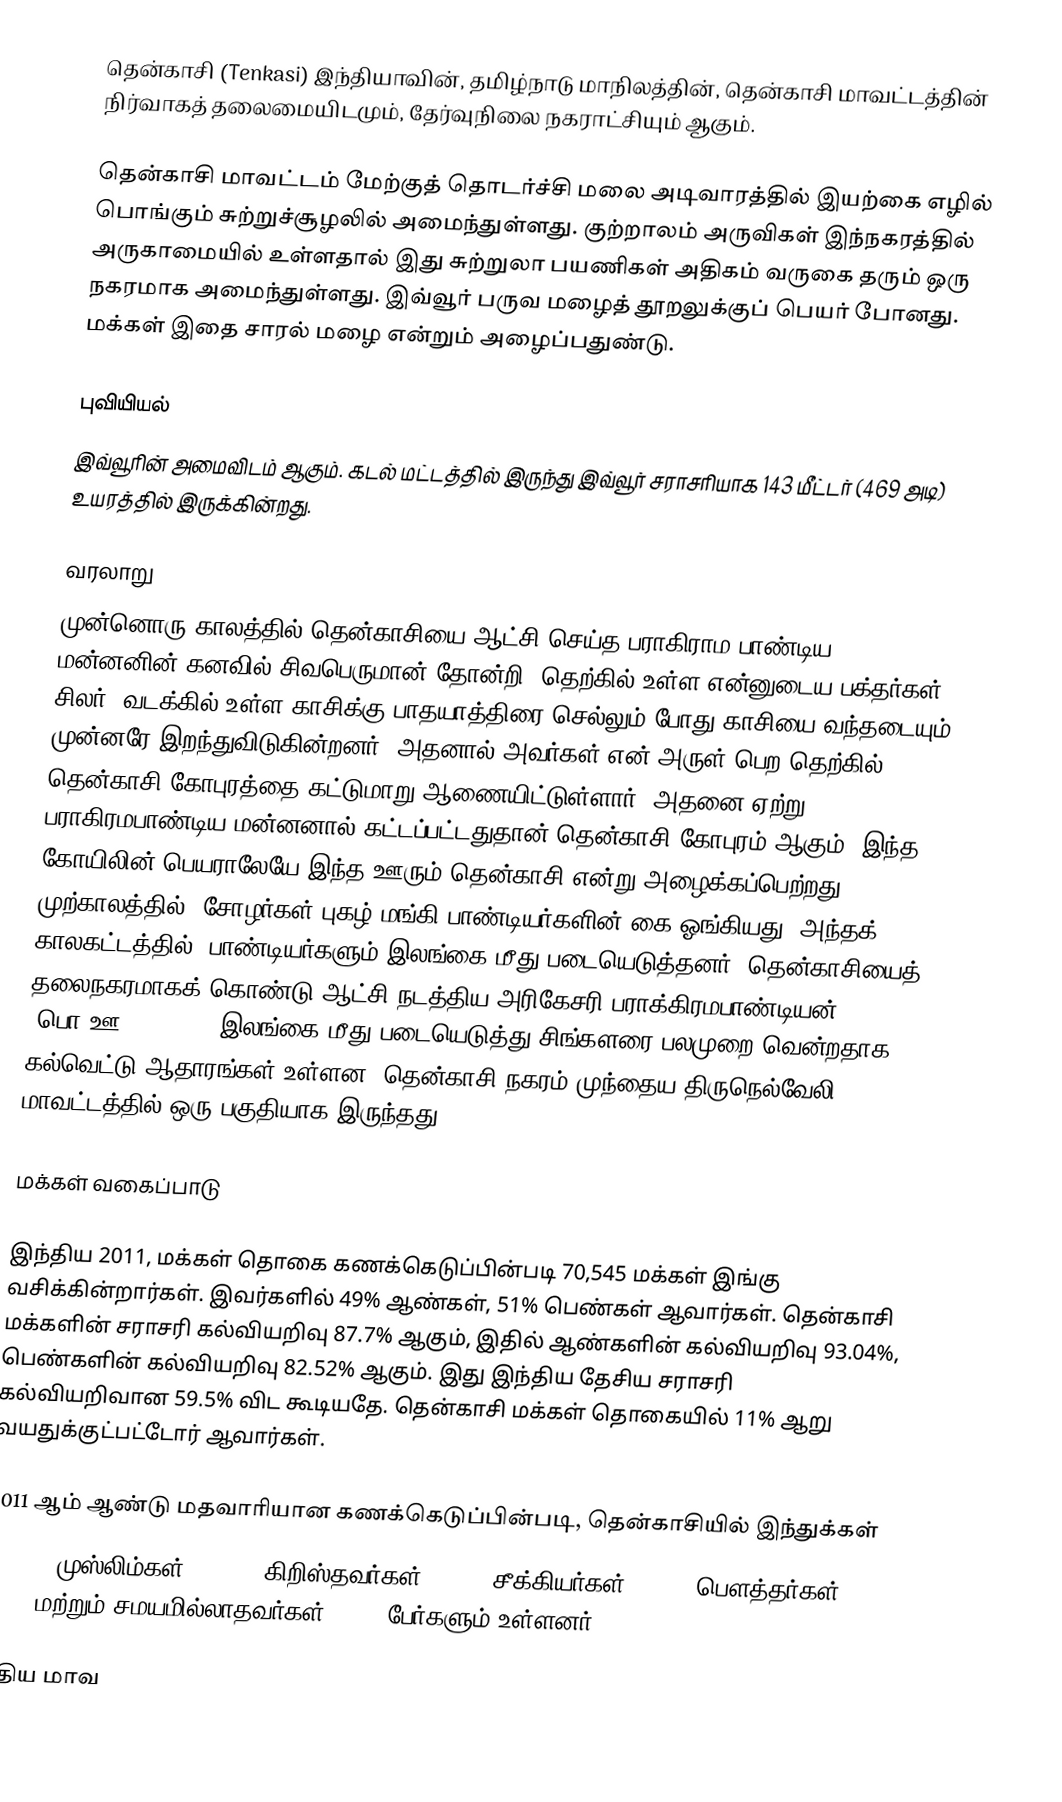
தென்காசி (Tenkasi) இந்தியாவின், தமிழ்நாடு மாநிலத்தின், தென்காசி மாவட்டத்தின் நிர்வாகத் தலைமையிடமும், தேர்வுநிலை நகராட்சியும் ஆகும்.

தென்காசி மாவட்டம் மேற்குத் தொடர்ச்சி மலை அடிவாரத்தில் இயற்கை எழில் பொங்கும் சுற்றுச்சூழலில் அமைந்துள்ளது. குற்றாலம் அருவிகள் இந்நகரத்தில் அருகாமையில் உள்ளதால் இது சுற்றுலா பயணிகள் அதிகம் வருகை தரும் ஒரு நகரமாக அமைந்துள்ளது. இவ்வூர் பருவ மழைத் தூறலுக்குப் பெயர் போனது. மக்கள் இதை சாரல் மழை என்றும் அழைப்பதுண்டு.

புவியியல்
இவ்வூரின் அமைவிடம்  ஆகும். கடல் மட்டத்தில் இருந்து இவ்வூர் சராசரியாக 143 மீட்டர் (469 அடி) உயரத்தில் இருக்கின்றது.

வரலாறு
முன்னொரு காலத்தில் தென்காசியை ஆட்சி செய்த பராகிராம பாண்டிய மன்னனின் கனவில் சிவபெருமான் தோன்றி, தெற்கில் உள்ள என்னுடைய பக்தர்கள் சிலர், வடக்கில் உள்ள காசிக்கு பாதயாத்திரை செல்லும் போது காசியை வந்தடையும் முன்னரே இறந்துவிடுகின்றனர். அதனால் அவர்கள் என் அருள் பெற தெற்கில் தென்காசி கோபுரத்தை கட்டுமாறு ஆணையிட்டுள்ளார். அதனை ஏற்று பராகிரமபாண்டிய மன்னனால் கட்டப்பட்டதுதான் தென்காசி கோபுரம் ஆகும். இந்த கோயிலின் பெயராலேயே இந்த ஊரும் தென்காசி என்று அழைக்கப்பெற்றது. முற்காலத்தில், சோழர்கள் புகழ் மங்கி பாண்டியர்களின் கை ஓங்கியது. அந்தக் காலகட்டத்தில், பாண்டியர்களும் இலங்கை மீது படையெடுத்தனர். தென்காசியைத் தலைநகரமாகக் கொண்டு ஆட்சி நடத்திய அரிகேசரி பராக்கிரமபாண்டியன் (பொ.ஊ. 1422–61) இலங்கை மீது படையெடுத்து சிங்களரை பலமுறை வென்றதாக கல்வெட்டு ஆதாரங்கள் உள்ளன. தென்காசி நகரம் முந்தைய திருநெல்வேலி மாவட்டத்தில் ஒரு பகுதியாக இருந்தது.

மக்கள் வகைப்பாடு

இந்திய 2011, மக்கள் தொகை கணக்கெடுப்பின்படி 70,545 மக்கள் இங்கு வசிக்கின்றார்கள். இவர்களில் 49% ஆண்கள், 51% பெண்கள் ஆவார்கள். தென்காசி மக்களின் சராசரி கல்வியறிவு 87.7% ஆகும்,  இதில் ஆண்களின் கல்வியறிவு 93.04%,  பெண்களின் கல்வியறிவு 82.52% ஆகும். இது இந்திய தேசிய சராசரி கல்வியறிவான 59.5% விட கூடியதே. தென்காசி மக்கள் தொகையில் 11% ஆறு வயதுக்குட்பட்டோர் ஆவார்கள்.

2011 ஆம் ஆண்டு மதவாரியான கணக்கெடுப்பின்படி, தென்காசியில் இந்துக்கள்
62.26%, முஸ்லிம்கள் 34.79%, கிறிஸ்தவர்கள் 2.79%, சீக்கியர்கள் 0.01%, பௌத்தர்கள் 0.01% மற்றும் சமயமில்லாதவர்கள் 0.14% பேர்களும் உள்ளனர்.

புதிய மாவ